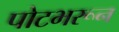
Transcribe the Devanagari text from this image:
पोटभरून